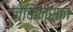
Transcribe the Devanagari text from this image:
जेकिन्सन